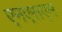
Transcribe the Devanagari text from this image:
एनएसएम